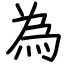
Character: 為